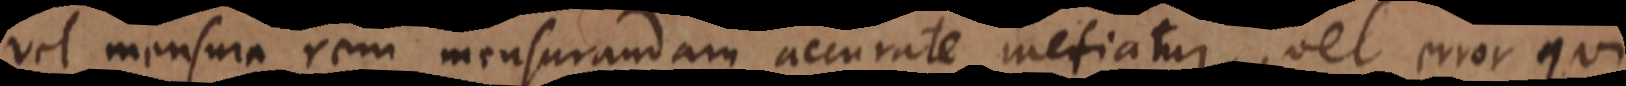
vel mensura rem mensurandam accurate metiatur, vel error qui